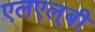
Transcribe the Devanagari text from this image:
एलएल्‌बी